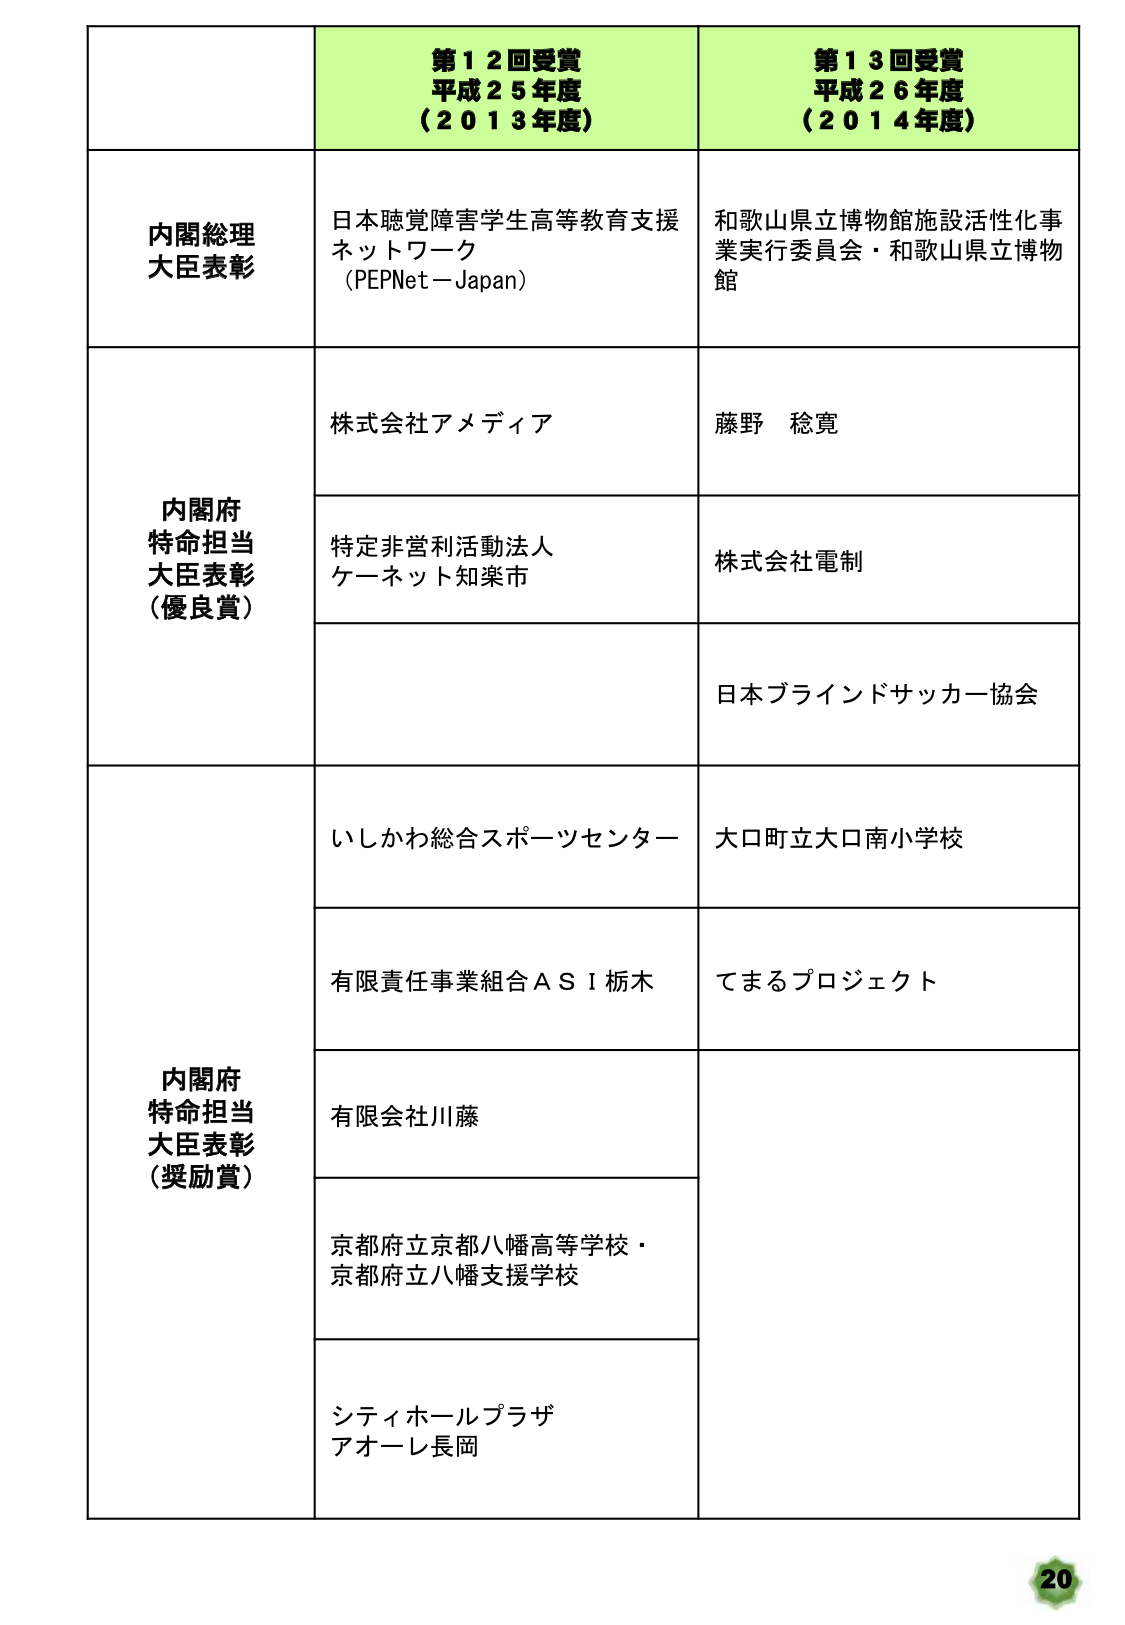
第１２回受賞
平成２５年度
（２０１３年度）

第１３回受賞
平成２６年度
（２０１４年度）

内閣総理大臣表彰
日本聴覚障害学生高等教育支援ネットワーク
（PEPNet－Japan）
和歌山県立博物館施設活性化事業実行委員会・和歌山県立博物館

内閣府特命担当大臣表彰（優良賞）
株式会社アメディア
藤野 稔寛
特定非営利活動法人ケーネット知楽市
株式会社電制
日本ブラインドサッカー協会

内閣府特命担当大臣表彰（奨励賞）
いしかわ総合スポーツセンター
大口町立大口南小学校
有限責任事業組合ＡＳＩ栃木
てまるプロジェクト
有限会社川藤
京都府立京都八幡高等学校・京都府立八幡支援学校
シティホールプラザアオーレ長岡

20